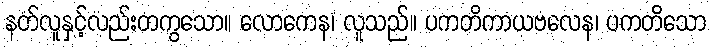
နတ်လူနှင့်လည်းတကွသော။ လောကေန၊ လူသည်။ ပကတိကာယဗလေန၊ ပကတိသော